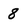
Character: 8